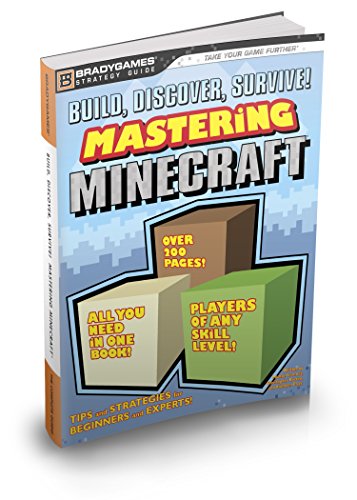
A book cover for Build, Discover, Survive! Mastering Minecraft Strategy Guide; BradyGames; Humor & Entertainment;